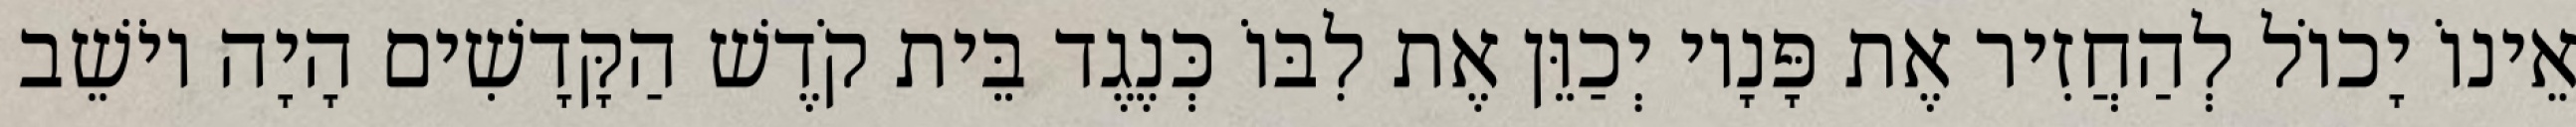
אֵינוֹ יָכוֹל לְהַחֲזִיר אֶת פָּנָיו יְכַוֵּן אֶת לִבּוֹ כְּנֶגֶד בֵּית קֹדֶשׁ הַקָּדָשִׁים הָיָה יוֹשֵׁב